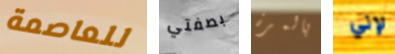
للعاصمة بصفتي بالمرة لإني